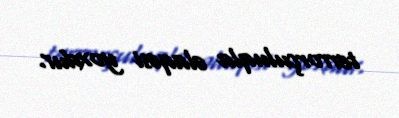
terrorçuluqla əlaqəsi yoxdur.